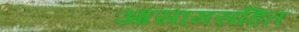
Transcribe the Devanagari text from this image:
आसामसहित